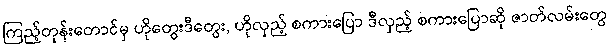
ကြည့်တုန်းတောင်မှ ဟိုတွေးဒီတွေး, ဟိုလှည့် စကားပြော ဒီလှည့် စကားပြောဆို ဇာတ်လမ်းတွေ